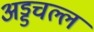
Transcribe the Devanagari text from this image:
अड्डचल्ल